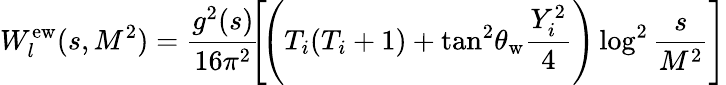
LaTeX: W_{l}^{\mathrm{ew}}(s,M^{2})=\frac{g^{2}(s)}{16\pi^{2}}\! \! \left[\! \left(T_{i}(T_{i}+1)+\tan^{2}\! \theta_{\mathrm{w}}\frac{Y_{i}^{2}}{4}\right)\log^{2}\frac{s}{M^{2}}\right]